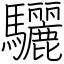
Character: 驪